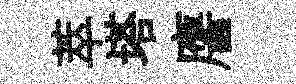
萃塔譍